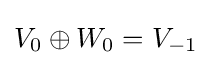
V_{0}\oplus W_{0}=V_{-1}